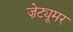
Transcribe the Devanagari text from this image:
ज़ेट्यूमर